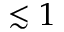
\lesssim 1